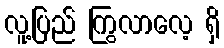
လူ့ပြည် ကြွလာလေ့ ရှိ